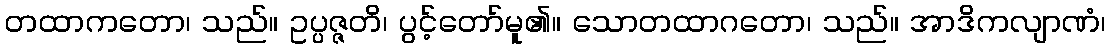
တထာကတော၊ သည်။ ဥပ္ပဇ္ဇတိ၊ ပွင့်တော်မူ၏။ သောတထာဂတော၊ သည်။ အာဒိကလျာဏံ၊